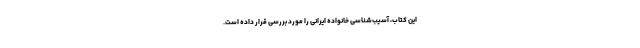
این کتاب، آسیب‌شناسی خانواده ایرانی را مورد بررسی قرار داده است.